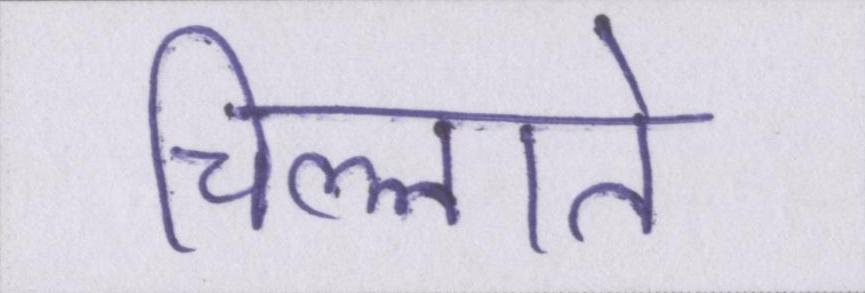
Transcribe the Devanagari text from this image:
चिल्लाते